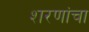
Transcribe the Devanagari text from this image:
शरणांचा